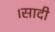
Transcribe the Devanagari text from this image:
।सादी